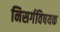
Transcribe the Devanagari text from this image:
निसर्गविषयक